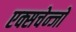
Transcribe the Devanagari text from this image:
एक्सचेन्जों